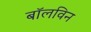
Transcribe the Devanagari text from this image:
बॉलविन